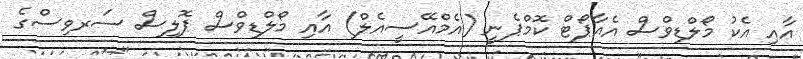
އާއި އެކު މޯލްޑިވްސް އެއާޕޯޓް ކޮމްޕެނީ (އެމްއޭސީއެލް) އާއި މޯލްޑިވްސް ޕޮލިސް ސަރވިސްގެ